Annual report of lunatic asylums [Bombay] - 1912-1922
Year: 1912
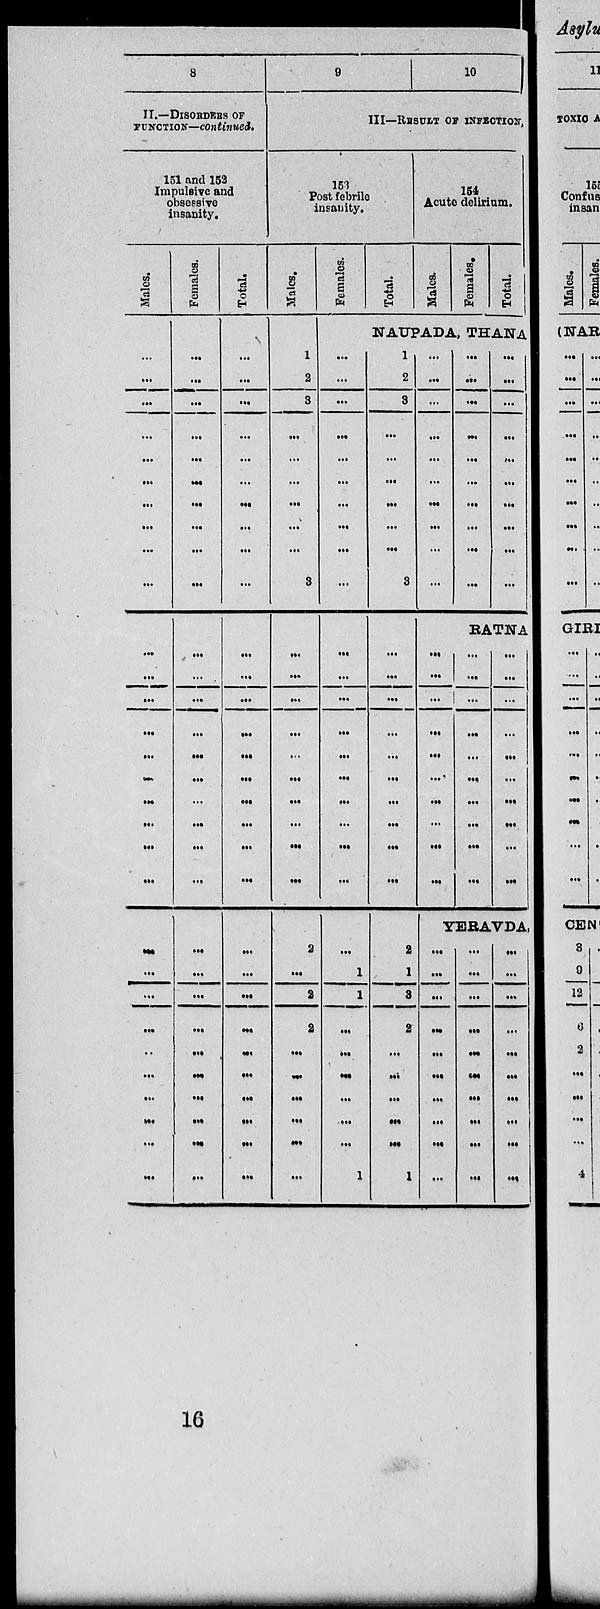
8
II.—DISORDERS OF
FUNCTION—continued.
151 and 152
Impulsive and
obsessive
insanity.
Males.
...
...
...
...
...
...
...
...
...
...
...
...
...
...
...
...
...
...
...
...
...
...
...
...
...
...
...
...
...
...
Females.
...
...
...
...
...
...
...
...
...
...
...
...
...
...
...
...
...
...
...
...
...
...
...
...
...
...
...
...
...
...
Total.
...
...
...
...
...
...
...
...
...
...
...
...
...
...
...
...
...
...
...
...
...
...
...
...
...
...
...
...
...
...
9
10
III—RESULT OF INFECTION,
153
Post febrile
insanity.
Males.
1
2
3
...
...
...
...
...
...
3
...
...
...
...
...
...
...
...
...
...
2
...
2
2
...
...
...
...
...
...
Females.
Total.
154
Acute delirium.
Males.
Females.
Total.
NAUPADA, THANA
...
...
...
...
...
...
...
...
...
...
...
...
...
...
...
...
...
...
...
...
...
1
1
...
...
...
...
...
...
1
1
2
3
...
...
...
...
...
...
3
...
...
...
...
...
...
...
...
...
...
2
1
3
2
...
...
...
...
...
1
...
...
...
...
...
...
...
...
...
...
...
...
...
...
...
...
...
...
...
...
...
...
...
...
...
...
...
...
...
...
RATNA
...
...
...
...
...
...
...
...
...
...
...
...
...
...
...
...
...
...
...
...
...
...
...
...
...
...
...
...
...
...
YERAVDA.
...
...
...
...
...
...
...
...
...
...
...
...
...
...
...
...
...
...
...
...
...
...
...
...
...
...
...
...
...
...
16